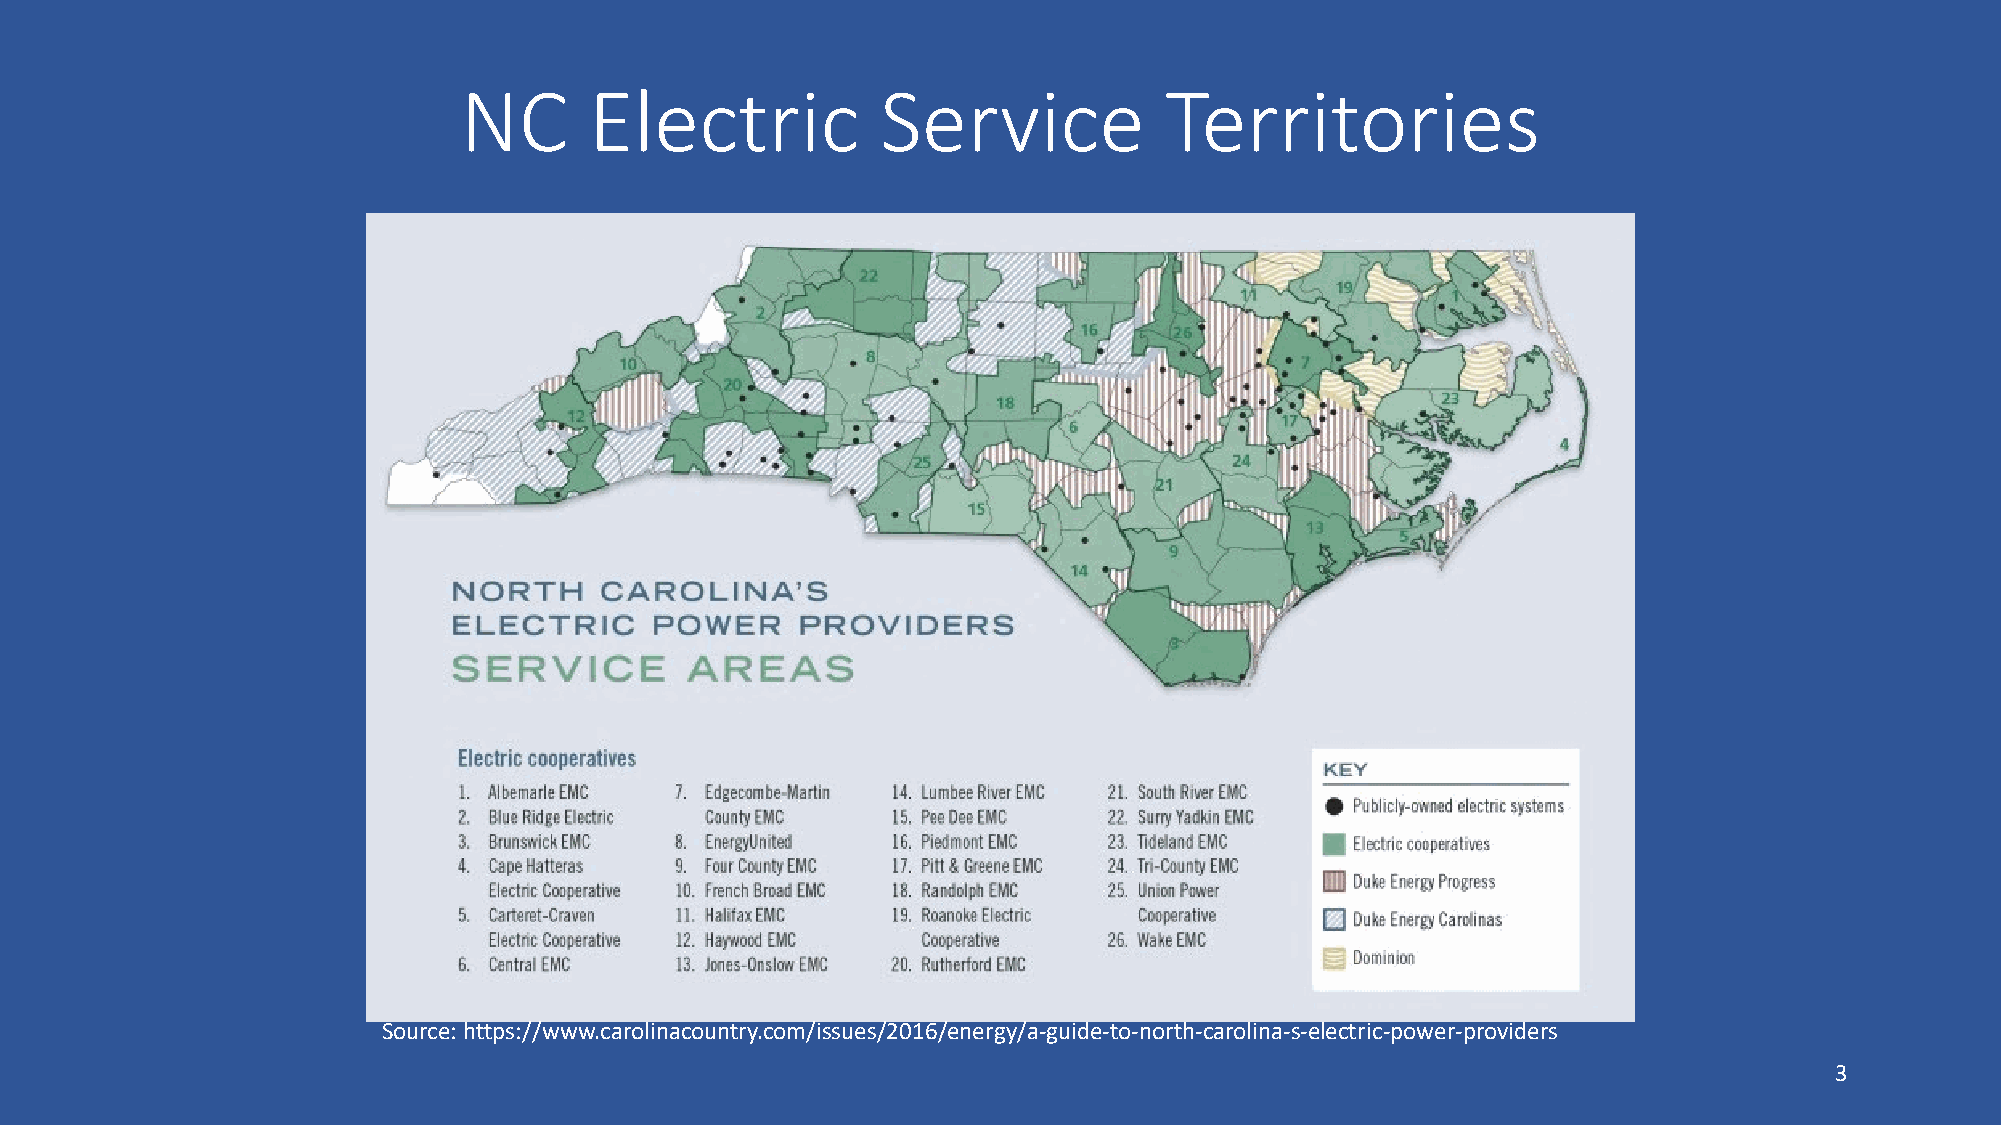
NC       Electric           Service            Territories
 Source: https://www.carolinacountry.com/issues/2016/energy/a-guide-to-north-carolina-s-electric-power-providers
 3